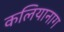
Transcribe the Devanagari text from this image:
कलियानाग